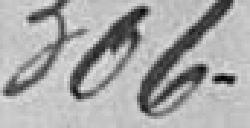
306